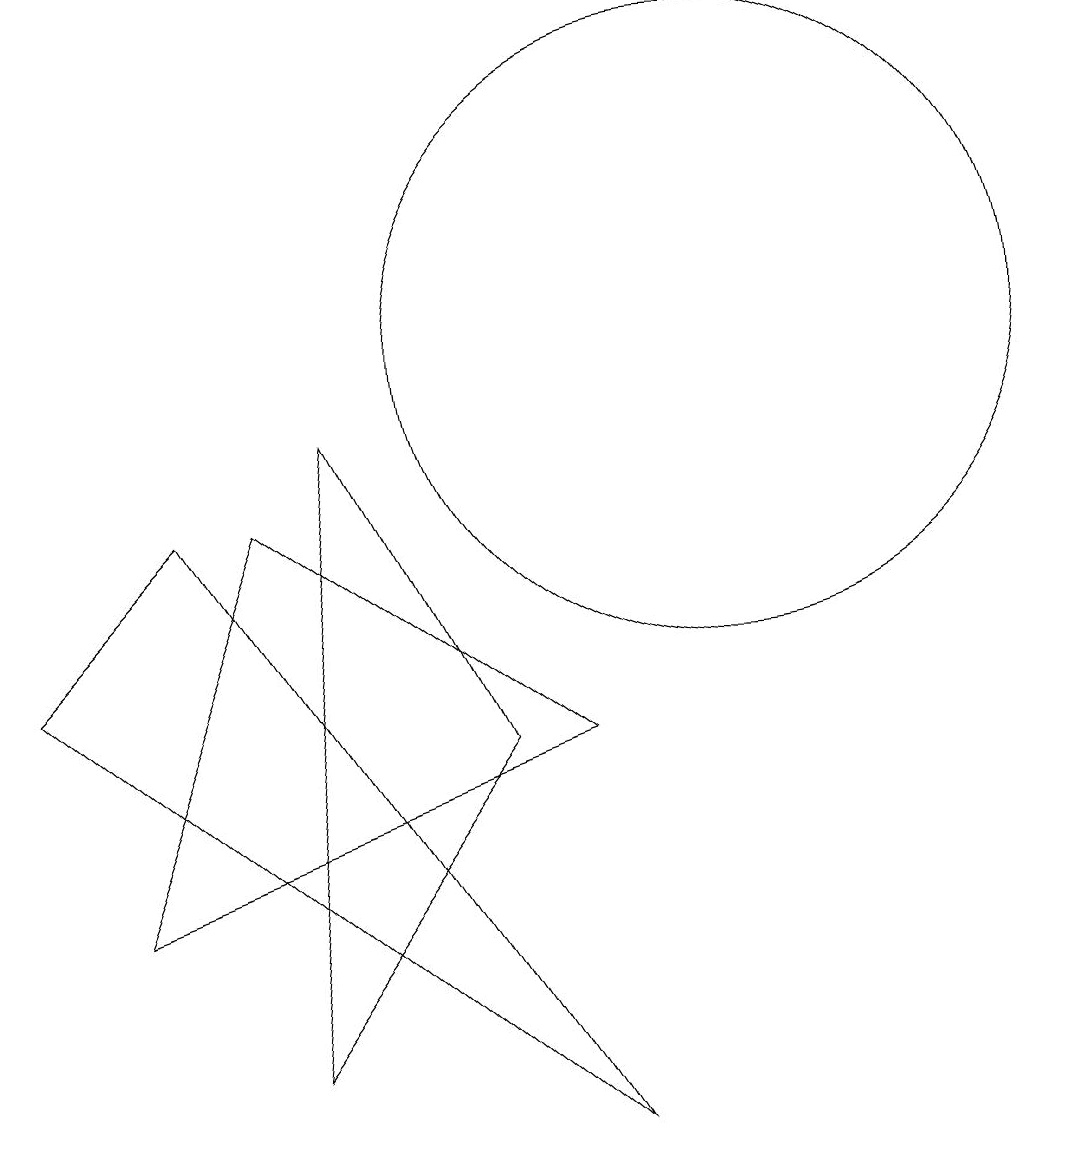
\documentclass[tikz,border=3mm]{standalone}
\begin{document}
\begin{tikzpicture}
\draw (3,3) -- (5,8) -- (9,5) -- cycle;
\draw (11,10) circle (4);
\draw (8,5) -- (6,9) -- (5,1) -- cycle;
\draw (4,8) -- (9,0) -- (2,6) -- cycle;
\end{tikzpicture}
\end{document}